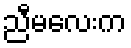
ညီမလေးက